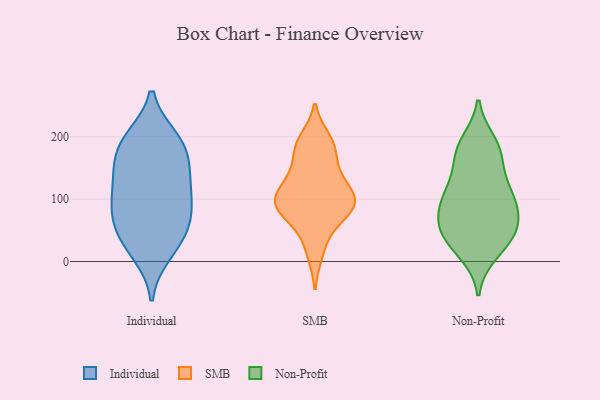
{"axis": {"x": "Satisfaction Score", "y": "Value"}, "legend": ["Individual", "Non-Profit", "SMB"], "data": [{"x": "", "y": 135, "type": "Individual"}, {"x": "", "y": 43, "type": "Individual"}, {"x": "", "y": 197, "type": "Individual"}, {"x": "", "y": 13, "type": "Individual"}, {"x": "", "y": 100, "type": "Individual"}, {"x": "", "y": 116, "type": "Individual"}, {"x": "", "y": 193, "type": "Individual"}, {"x": "", "y": 138, "type": "Individual"}, {"x": "", "y": 81, "type": "Individual"}, {"x": "", "y": 24, "type": "Individual"}, {"x": "", "y": 167, "type": "Individual"}, {"x": "", "y": 62, "type": "Individual"}, {"x": "", "y": 56, "type": "Individual"}, {"x": "", "y": 90, "type": "Individual"}, {"x": "", "y": 166, "type": "Individual"}, {"x": "", "y": 196, "type": "Individual"}, {"x": "", "y": 92, "type": "SMB"}, {"x": "", "y": 196, "type": "SMB"}, {"x": "", "y": 189, "type": "SMB"}, {"x": "", "y": 89, "type": "SMB"}, {"x": "", "y": 93, "type": "SMB"}, {"x": "", "y": 74, "type": "SMB"}, {"x": "", "y": 117, "type": "SMB"}, {"x": "", "y": 94, "type": "SMB"}, {"x": "", "y": 12, "type": "SMB"}, {"x": "", "y": 123, "type": "SMB"}, {"x": "", "y": 133, "type": "SMB"}, {"x": "", "y": 156, "type": "SMB"}, {"x": "", "y": 89, "type": "SMB"}, {"x": "", "y": 47, "type": "SMB"}, {"x": "", "y": 179, "type": "SMB"}, {"x": "", "y": 98, "type": "Non-Profit"}, {"x": "", "y": 167, "type": "Non-Profit"}, {"x": "", "y": 64, "type": "Non-Profit"}, {"x": "", "y": 178, "type": "Non-Profit"}, {"x": "", "y": 96, "type": "Non-Profit"}, {"x": "", "y": 98, "type": "Non-Profit"}, {"x": "", "y": 105, "type": "Non-Profit"}, {"x": "", "y": 53, "type": "Non-Profit"}, {"x": "", "y": 113, "type": "Non-Profit"}, {"x": "", "y": 17, "type": "Non-Profit"}, {"x": "", "y": 76, "type": "Non-Profit"}, {"x": "", "y": 188, "type": "Non-Profit"}, {"x": "", "y": 41, "type": "Non-Profit"}, {"x": "", "y": 128, "type": "Non-Profit"}, {"x": "", "y": 40, "type": "Non-Profit"}, {"x": "", "y": 46, "type": "Non-Profit"}, {"x": "", "y": 56, "type": "Non-Profit"}, {"x": "", "y": 192, "type": "Non-Profit"}, {"x": "", "y": 158, "type": "Non-Profit"}, {"x": "", "y": 12, "type": "Non-Profit"}]}